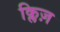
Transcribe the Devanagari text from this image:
क्लिज़